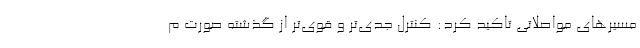
مسیرهای مواصلاتی تاکید کرد: کنترل جدی‌تر و قوی‌تر از گذشته صورت م